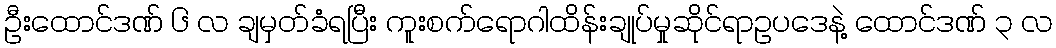
ဦးထောင်ဒဏ် ၆ လ ချမှတ်ခံရပြီး ကူးစက်ရောဂါထိန်းချုပ်မှုဆိုင်ရာဥပဒေနဲ့ ထောင်ဒဏ် ၃ လ